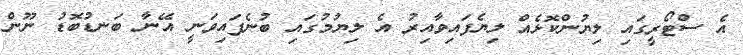
އެ ސްޓޯރީގައި ލިޔުންކޮޅެއް ލިޔެފައިވާއިރު އެ ލިޔުމުގައި ބުނެފައިވަނީ އޭނާ ބަނޑުބޮޑު ނޫން